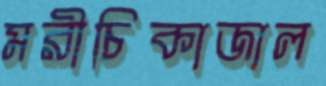
মরীচিকাজাল